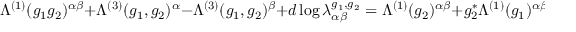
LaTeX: \Lambda ^ { ( 1 ) } ( g _ { 1 } g _ { 2 } ) ^ { \alpha \beta } \: + \: \Lambda ^ { ( 3 ) } ( g _ { 1 } , g _ { 2 } ) ^ { \alpha } \: - \: \Lambda ^ { ( 3 ) } ( g _ { 1 } , g _ { 2 } ) ^ { \beta } \: + \: d \log \lambda _ { \alpha \beta } ^ { g _ { 1 } , g _ { 2 } } \: = \: \Lambda ^ { ( 1 ) } ( g _ { 2 } ) ^ { \alpha \beta } \: + \: g _ { 2 } ^ { * } \Lambda ^ { ( 1 ) } ( g _ { 1 } ) ^ { \alpha \beta }